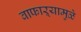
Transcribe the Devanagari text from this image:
वाफाऱ्यामुळे